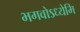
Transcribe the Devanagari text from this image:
भगवोऽध्येमि